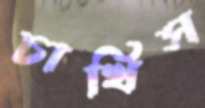
চাখিস